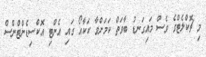
މި ޗޮކްލެޓްގެ ވެސް މައިގަނޑު ބާވަތް ކަމަށްވާ ކަކާއޯ ގައި އެންޓި އޮކްސިޑެންޓްންސް